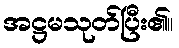
အဋ္ဌမသုတ်ပြီး၏။